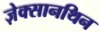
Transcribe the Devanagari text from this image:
ज़ेक्सानथिन